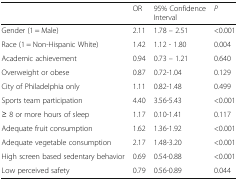
|  | OR | 95% Confidence Interval | P |
 | --- | --- | --- | --- |
 | Gender (1 = Male) | 2.11 | 1.78 – 2.51 | <0.001 |
 | Race (1 = Non-Hispanic White) | 1.42 | 1.12 - 1.80 | 0.004 |
 | Academic achievement | 0.94 | 0.73 – 1.21 | 0.640 |
 | Overweight or obese | 0.87 | 0.72-1.04 | 0.129 |
 | City of Philadelphia only | 1.11 | 0.82-1.48 | 0.499 |
 | Sports team participation | 4.40 | 3.56-5.43 | <0.001 |
 | ≥ 8 or more hours of sleep | 1.17 | 0.10-1.41 | 0.117 |
 | Adequate fruit consumption | 1.62 | 1.36-1.92 | <0.001 |
 | Adequate vegetable consumption | 2.17 | 1.48-3.20 | <0.001 |
 | High screen based sedentary behavior | 0.69 | 0.54-0.88 | <0.001 |
 | Low perceived safety | 0.79 | 0.56-0.89 | 0.044 |